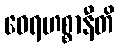
ဝေရဟစ္စာနီတိ